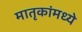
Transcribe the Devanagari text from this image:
मातृकांमध्ये